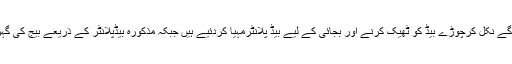
22 اپریل2018ء) زرعی مشینری کی جدید تحقیق نے ڈرل کی کاشت سے بھی آگے نکل کرچوڑے بیڈ کو ٹھیک کرنے اور بجائی کے لیے بیڈ پلانٹرمہیا کردئیے ہیں جبکہ مذکورہ بیڈپلانٹر کے ذریعے بیج کی گہرائی اور پودوں کے درمیانی فاصلہ کو حسب ضرورت کم یا زیادہ کیا جاسکتاہے۔